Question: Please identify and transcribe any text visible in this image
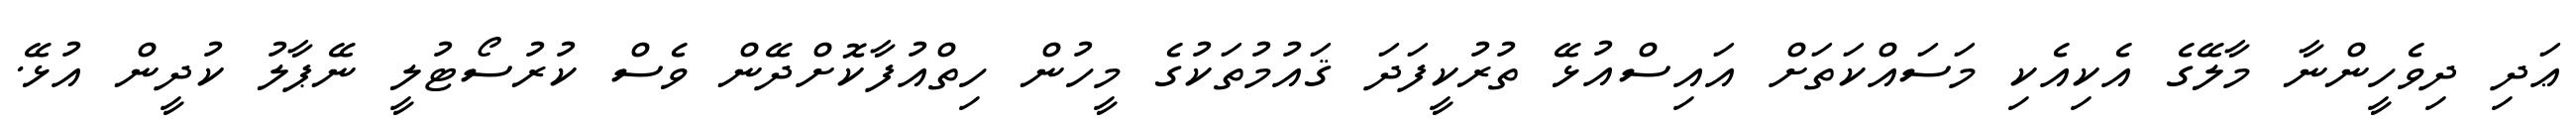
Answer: ޢަދި ދިވެހީންނާ މާލޭގެ އެކިއެކި މަސައްކަތަށް އައިސްއުޅޭ ތުރުކީފަދަ ޤައުމުތަކުގެ މީހުން ހިތްއުފާކޮށްދޭން ވެސް ކުރުސޯޓުލީ ނޭޕާލު ކުދީން އުޅޭ.